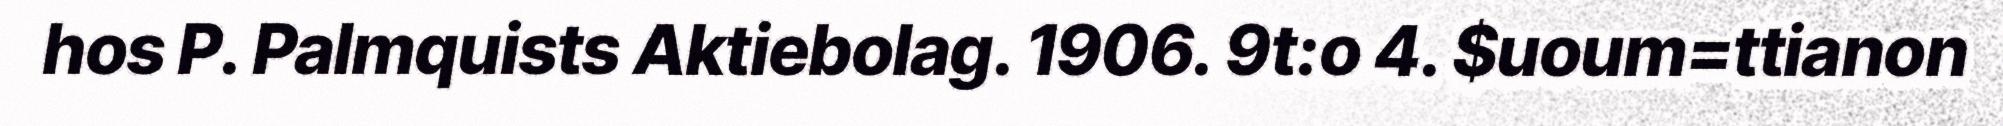
hos P. Palmquists Aktiebolag. 1906. 9t:o 4. $uoum=ttianon